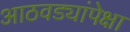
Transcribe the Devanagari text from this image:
आठवड्यांपेक्षा